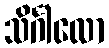
သိင်္ဂါလော